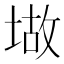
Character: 𫮆